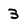
Character: 3